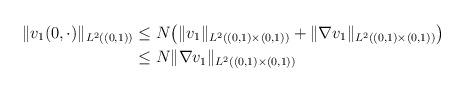
LaTeX: \begin{align*}\|v_1(0, \cdot)\|_{L^2((0,1))} & \leq N \big( \|v_1\|_{L^2((0,1) \times (0,1))} + \|\nabla v_1\|_{L^2((0,1) \times (0,1))}\big) \\& \leq N \|\nabla v_1\|_{L^2((0,1) \times (0,1))} \\\end{align*}